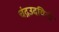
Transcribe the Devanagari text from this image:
चंद्रउदयिनी